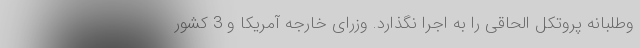
وطلبانه پروتکل الحاقی را به اجرا نگذارد. وزرای خارجه آمریکا و 3 کشور